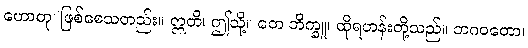
ဟောတု၊ ဖြစ်စေသတည်း။ ဣတိ၊ ဤသို့။ တေ ဘိက္ခူ၊ ထိုရဟန်းတို့သည်။ ဘဂဝတော၊